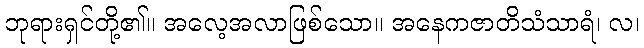
ဘုရားရှင်တို့၏။ အလေ့အလာဖြစ်သော။ အနေကဇာတိသံသာရံ၊ လ၊